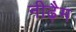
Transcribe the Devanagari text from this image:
नीढ़ैम